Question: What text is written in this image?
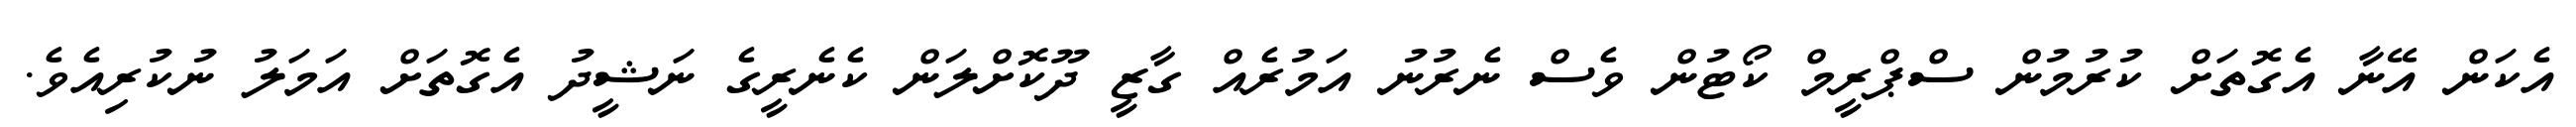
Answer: އެކަން އޭނާ އެގޮތަށް ކުރުމުން ސްޕްރީމް ކޯޓުން ވެސް ނެރުނު އަމުރެއް ގާޒީ ދޫކޮށްލަން ކެނެރީގެ ނަޝީދު އެގޮތަށް އަމަލު ނުކުރިއެވެ.